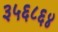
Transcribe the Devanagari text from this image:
३५६८६४